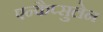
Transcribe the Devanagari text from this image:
एन्कैप्सुलेन